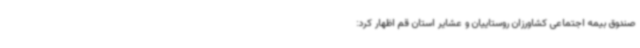
صندوق بیمه اجتماعی کشاورزان روستاییان و عشایر استان قم اظهار کرد: